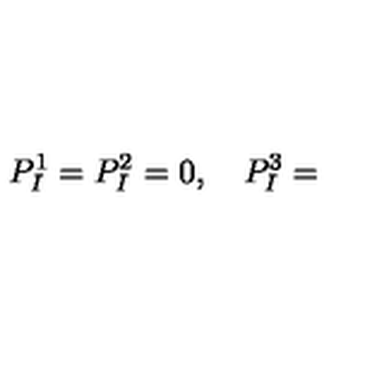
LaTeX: P _ { I } ^ { 1 } = P _ { I } ^ { 2 } = 0 , \quad P _ { I } ^ { 3 } =